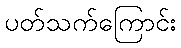
ပတ်သက်ကြောင်း